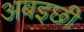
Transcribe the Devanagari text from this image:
अबइछी